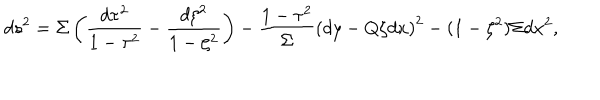
d s ^ { 2 } = \Sigma \left( \frac { d \tau ^ { 2 } } { 1 - \tau ^ { 2 } } - \frac { d \zeta ^ { 2 } } { 1 - \zeta ^ { 2 } } \right) - \frac { 1 - \tau ^ { 2 } } { \Sigma } \left( d y - Q \zeta d x \right) ^ { 2 } - ( 1 - \zeta ^ { 2 } ) \Sigma d x ^ { 2 } ,